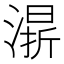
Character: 𣼬